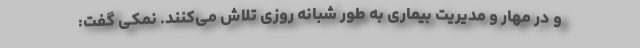
و در مهار و مدیریت بیماری به طور شبانه روزی تلاش می‌کنند. نمکی گفت: